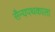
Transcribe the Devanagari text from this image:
सैन्यपथकाला